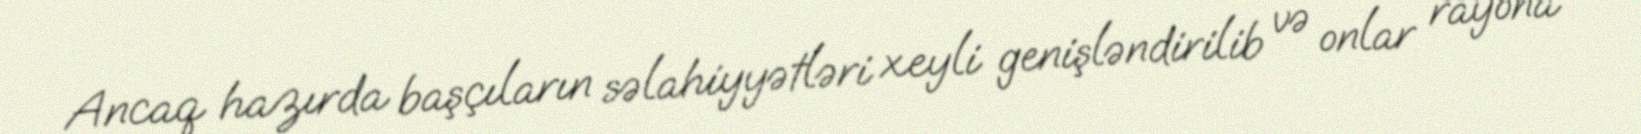
Ancaq hazırda başçıların səlahiyyətləri xeyli genişləndirilib və onlar rayona